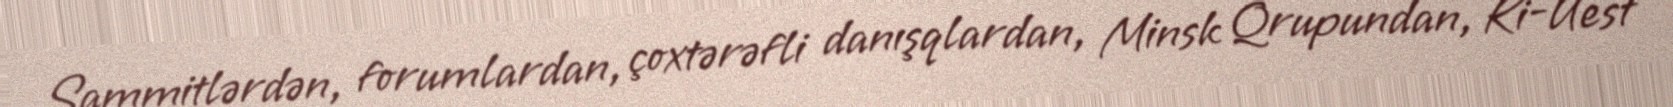
Sammitlərdən, forumlardan, çoxtərəfli danışqlardan, Minsk Qrupundan, Ki-Uest